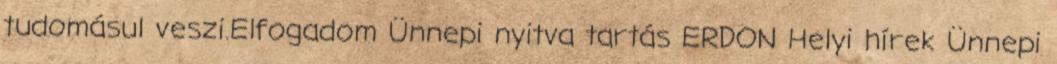
tudomásul veszi.Elfogadom Ünnepi nyitva tartás ERDON Helyi hírek Ünnepi